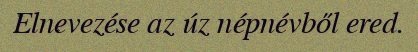
Elnevezése az úz népnévből ered.